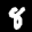
Label: 8